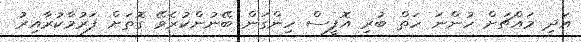
އަދި މައްޗަށް ހުންނަ ހަތް ބުރި އޮފީސް ހިންގަން ބޭނުންކުރެވޭ ގޮތަށް ފަރުމާކުރާއިރު